Report on horse surra - Volume II, Part I
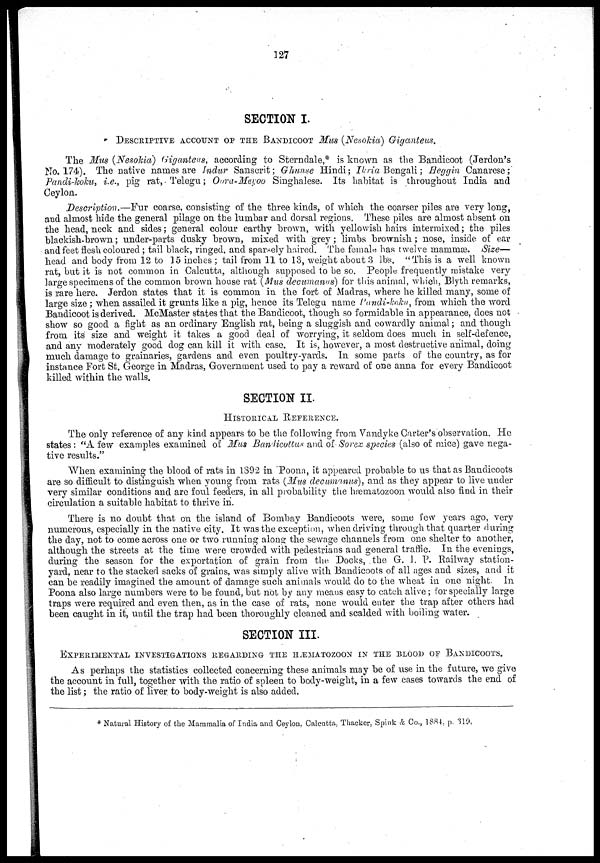
127
SECTION I.
DESCRIPTIVE ACCOUNT OF THE BANDICOOT Mus (Nesokia) Giganteus.
The Mus (Nesokia) Giganteus, according to Sterndale,* is known as the Bandicoot (Jerdon's
No. 174). The native names are Indur Sanscrit; Ghunse Hindi; Ikria Bengali; Heggin Canarese;
Pandi-koku, i.e., pig rat, Telegu; Oora-Meyoo Singhalese. Its habitat is throughout India and
Ceylon.
Description.—Fur coarse, consisting of the three kinds, of which the coarser piles are very long,
and almost hide the general pilage on the lumbar and dorsal regions. These piles are almost absent on
the head, neck and sides; general colour earthy brown, with yellowish hairs intermixed; the piles
blackish-brown; under-parts dusky brown, mixed with grey ; limbs brownish; nose, inside of ear
and feet flesh coloured; tail black, ringed, and sparsely haired. The female has twelve mammæ. Size—
head and body from 12 to 15 inches ; tail from 11 to 13, weight about 3 lbs. "This is a well known
rat, but it is not common in Calcutta, although supposed to be so. People frequently mistake very
large specimens of the common brown house rat (Mus decumanus) for this animal, which, Blyth remarks,
is rare here. Jerdon states that it is common in the fort of Madras, where he killed many, some of
large size ; when assailed it grunts like a pig, hence its Telegu name Pandi-koku, from which the word
Bandicoot is derived. McMaster states that the Bandicoot, though so formidable in appearance, does not
show so good a fight as an ordinary English rat, being a sluggish and cowardly animal; and though
from its size and weight it takes a good deal of worrying, it seldom does much in self-defence,
and any moderately good dog can kill it with ease. It is, however, a most destructive animal, doing
much damage to grainaries, gardens and even poultry-yards. In some parts of the country, as for
instance Fort St. George in Madras, Government used to pay a reward of one anna for every Bandicoot
killed within the walls.
SECTION II.
HISTORICAL REFERENCE.
The only reference of any kind appears to be the following from Vandyke Carter's observation. He
states: "A few examples examined of Mus Banlicottus and of Sorex species (also of mice) gave nega-
tive results."
When examining the blood of rats in 1892 in Poona, it appeared probable to us that as Bandicoots
are so difficult to distinguish when young from rats (Mus decumanus), and as they appear to live under
very similar conditions and are foul feeders, in all probability the hæmatozoon would also find in their
circulation a suitable habitat to thrive in.
There is no doubt that on the island of Bombay Bandicoots were, some few years ago, very
numerous, especially in the native city. It was the exception, when driving through that quarter during
the day, not to come across one or two running along the sewage channels from one shelter to another,
although the streets at the time were crowded with pedestrians and general traffic. In the evenings,
during the season for the exportation of grain from the Docks, the G. I. P. Railway station-
yard, near to the stacked sacks of grains, was simply alive with Bandicoots of all ages and sizes, and it
can be readily imagined the amount of damage such animals would do to the wheat in one night. In
Poona also large numbers were to be found, but not by any means easy to catch alive ; for specially large
traps were required and even then, as in the case of rats, none would enter the trap after others had
been caught in it, until the trap had been thoroughly cleaned and scalded with boiling water.
SECTION III.
EXPERIMENTAL INVESTIGATIONS REGARDING THE HÆMATOZOON IN THE BLOOD OF BANDICOOTS.
As perhaps the statistics collected concerning these animals may be of use in the future, we give
the account in full, together with the ratio of spleen to body-weight, in a few cases towards the end of
the list; the ratio of liver to body-weight is also added.
* Natural History of the Mammalia of India and Ceylon, Calcutta, Thacker, Spink & Co., 1884, p. 319.